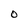
Character: O